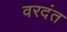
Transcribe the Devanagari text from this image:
वरदंत